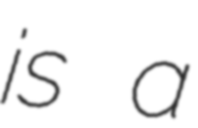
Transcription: is a